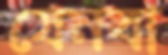
যেনবা